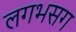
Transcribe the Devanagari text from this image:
लगभसग